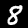
Digit: 8